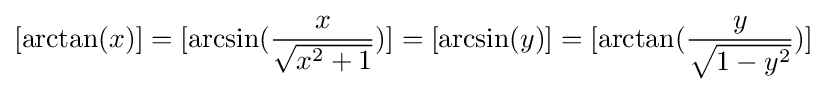
[\arctan(x)]=[\arcsin({\frac {x}{\sqrt {x^{2}+1}}})]=[\arcsin(y)]=[\arctan({\frac {y}{\sqrt {1-y^{2}}}})]